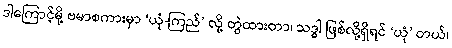
ဒါကြောင့်မို့ ဗမာစကားမှာ ‘ယုံ-ကြည်’ လို့ တွဲထားတာ၊ သဒ္ဓါ ဖြစ်လို့ရှိရင် ‘ယုံ’ တယ်၊